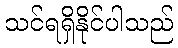
သင်ရရှိနိုင်ပါသည်